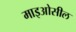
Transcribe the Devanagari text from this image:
माइओसील